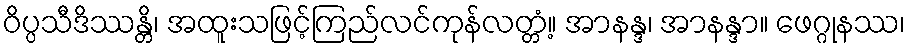
ဝိပ္ပသီဒိဿန္တိ၊ အထူးသဖြင့်ကြည်လင်ကုန်လတ္တံ့။ အာနန္ဒ၊ အာနန္ဒာ။ ဖေဂ္ဂုနဿ၊